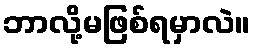
ဘာလို့မဖြစ်ရမှာလဲ။